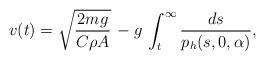
LaTeX: \begin{align*}v(t) = \sqrt{\frac{2mg}{C\rho A}}\, - g\,\int_{t}^{\infty} \frac{ds}{p_h(s,0,\alpha)},\end{align*}